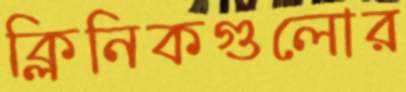
ক্লিনিকগুলোর